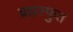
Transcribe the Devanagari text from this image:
ब्रह्मस्फुत